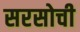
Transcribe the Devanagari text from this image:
सरसोची